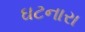
ઘટનારા